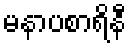
မနာပစာရိနီ